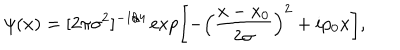
LaTeX: \psi ( x ) = [ 2 \pi \sigma ^ { 2 } ] ^ { - 1 / 4 } \exp \left[ - \left( \frac { x - x _ { 0 } } { 2 \sigma } \right) ^ { 2 } + i p _ { 0 } x \right] ,